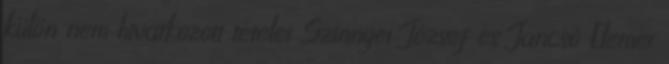
külön nem hivatkozott tételei Szinnyei József és Jancsó Elemér